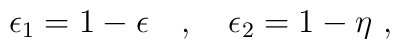
\epsilon_1 = 1 - \epsilon ~~~ , ~~~ \epsilon_2 = 1 - \eta ~ ,